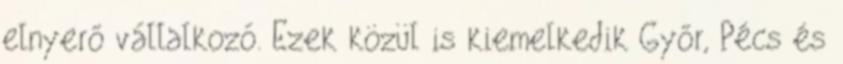
elnyerő vállalkozó. Ezek közül is kiemelkedik Győr, Pécs és